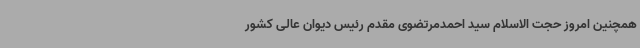
همچنین امروز حجت الاسلام سید احمدمرتضوی مقدم رئیس دیوان عالی کشور